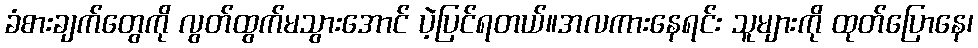
ခံစားချက်တွေကို လွတ်ထွက်မသွားအောင် ပဲ့ပြင်ရတယ်။အလကားနေရင်း သူများကို ထုတ်ပြောနေ၊